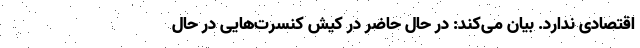
اقتصادی ندارد. بیان می‌کند: در حال حاضر در کیش کنسرت‌هایی در حال